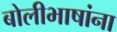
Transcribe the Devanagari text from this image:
बोलीभाषांना